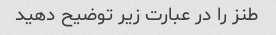
طنز را در عبارت زیر توضیح دهید